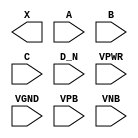
/**
 * Copyright 2020 The SkyWater PDK Authors
 *
 * Licensed under the Apache License, Version 2.0 (the "License");
 * you may not use this file except in compliance with the License.
 * You may obtain a copy of the License at
 *
 *     https://www.apache.org/licenses/LICENSE-2.0
 *
 * Unless required by applicable law or agreed to in writing, software
 * distributed under the License is distributed on an "AS IS" BASIS,
 * WITHOUT WARRANTIES OR CONDITIONS OF ANY KIND, either express or implied.
 * See the License for the specific language governing permissions and
 * limitations under the License.
 *
 * SPDX-License-Identifier: Apache-2.0
 */

`ifndef SKY130_FD_SC_HDLL__OR4B_PP_BLACKBOX_V
`define SKY130_FD_SC_HDLL__OR4B_PP_BLACKBOX_V

/**
 * or4b: 4-input OR, first input inverted.
 *
 * Verilog stub definition (black box with power pins).
 *
 * WARNING: This file is autogenerated, do not modify directly!
 */

`timescale 1ns / 1ps
`default_nettype none

(* blackbox *)
module sky130_fd_sc_hdll__or4b (
    X   ,
    A   ,
    B   ,
    C   ,
    D_N ,
    VPWR,
    VGND,
    VPB ,
    VNB
);

    output X   ;
    input  A   ;
    input  B   ;
    input  C   ;
    input  D_N ;
    input  VPWR;
    input  VGND;
    input  VPB ;
    input  VNB ;
endmodule

`default_nettype wire
`endif  // SKY130_FD_SC_HDLL__OR4B_PP_BLACKBOX_V